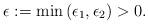
LaTeX: \begin{align*}\epsilon:=\min\left(\epsilon _1 , \epsilon _2 \right)>0.\end{align*}